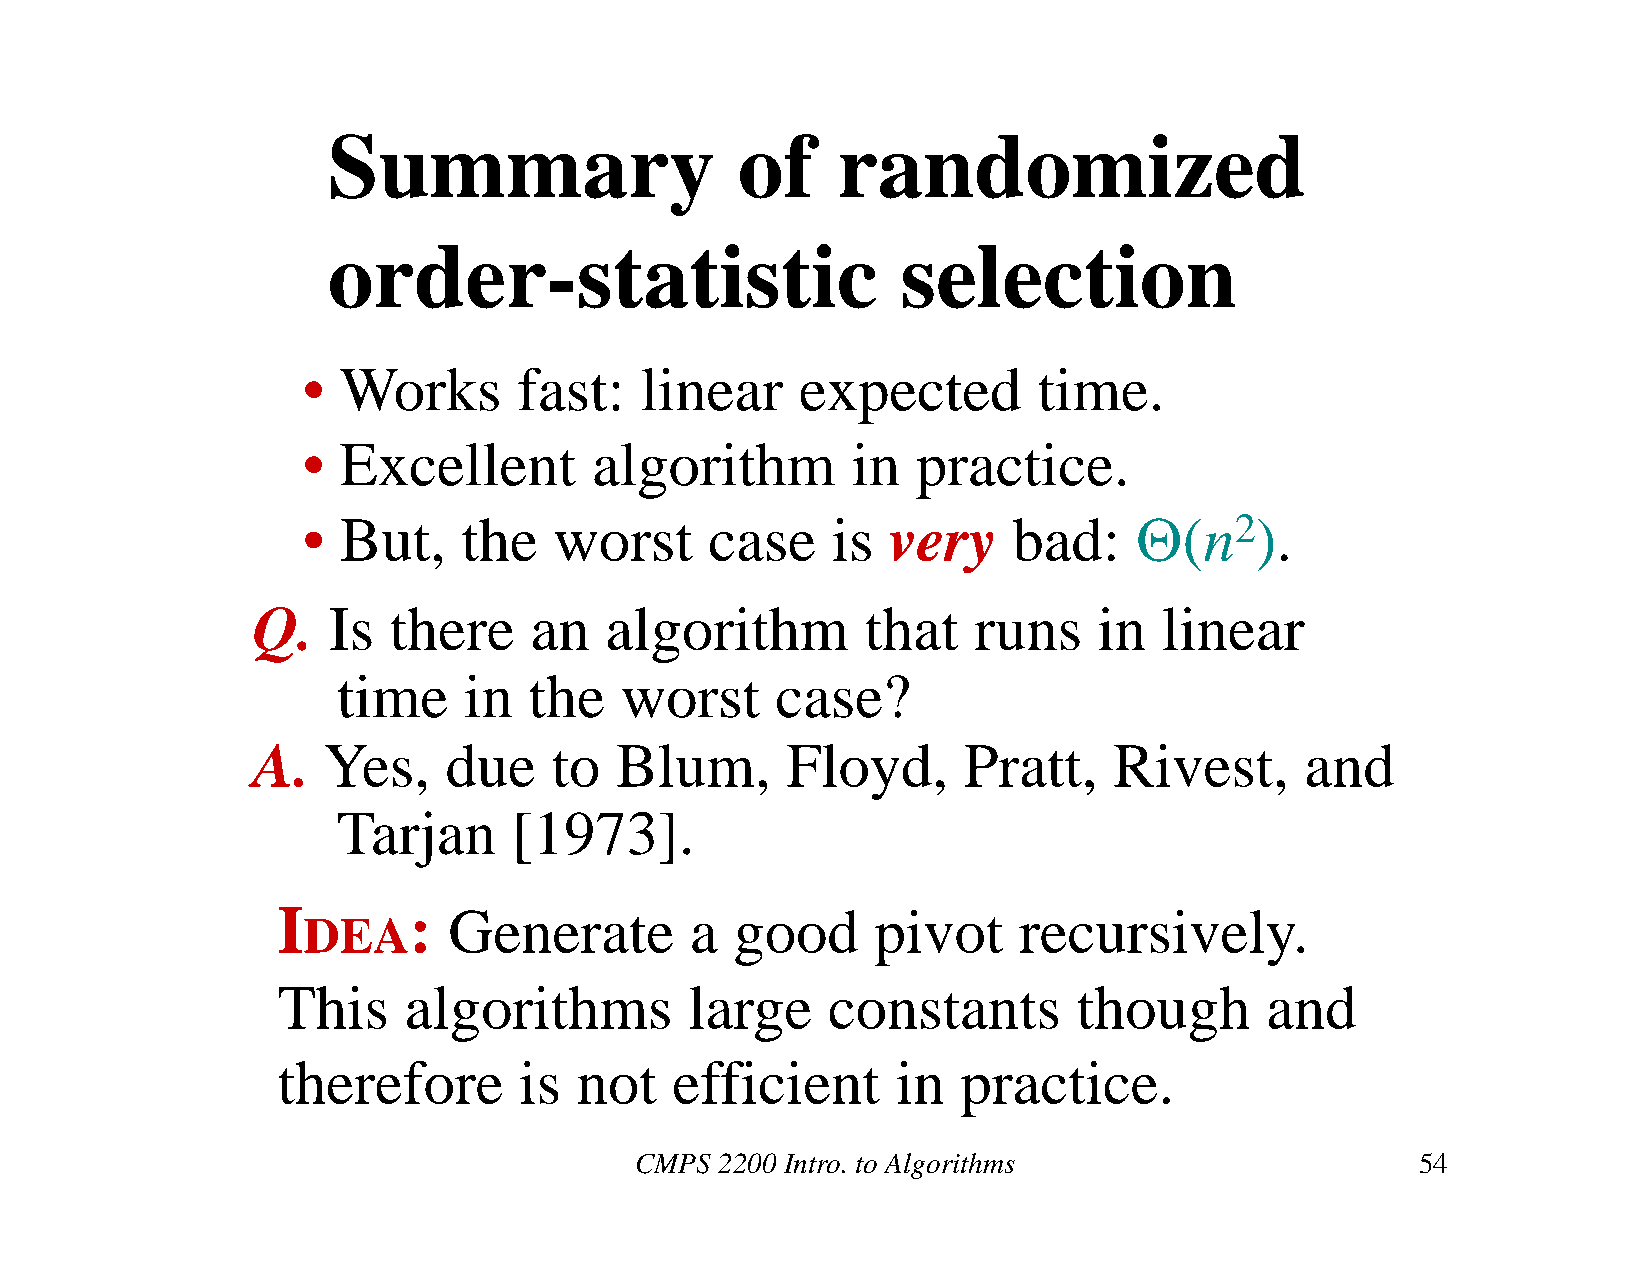
Summary                    of    randomized
 order-statistic                       selection
 • Works       fast:   linear     expected        time.
 • Excellent        algorithm        in   practice.
 • But,     the   worst     case    is  very    bad:    (n2).
 Q.   Is  there    an   algorithm        that   runs     in  linear
 time     in  the   worst     case?
 A.  Yes,    due     to  Blum,      Floyd,      Pratt,    Rivest,     and
 Tarjan      [1973].
 I        :  Generate        a  good     pivot    recursively.
 DEA
 This     algorithms         large    constants       though       and
 therefore       is  not   efficient      in   practice.
 CMPS  2200 Intro. to Algorithms                     54